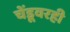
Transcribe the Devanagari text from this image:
चेंडूवरही